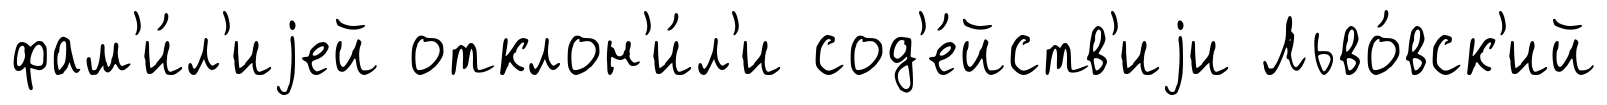
фам'и́л'иjей отклон'и́л'и сод'е́йств'иjи Льво́вск'ий